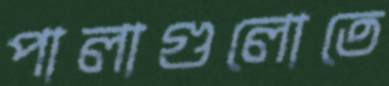
পালাগুলোতে